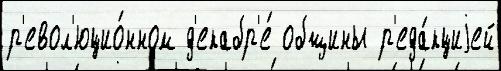
р'евол'юцио́нном д'екабр'е́ общины р'еда́кциjей